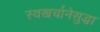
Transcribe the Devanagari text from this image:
स्वखर्चानेसुद्धा